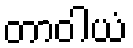
တာဝါယံ